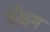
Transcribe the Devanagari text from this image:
ग्रौहम